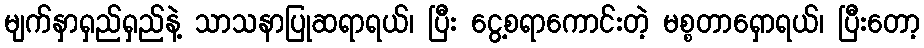
မျက်နှာရှည်ရှည်နဲ့ သာသနာပြုဆရာရယ်၊ ပြီး ငွေ့စရာကောင်းတဲ့ မစ္စတာရှောရယ်၊ ပြီးတော့